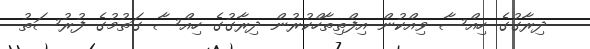
ދިރާގުގެ ހިއްސާ ވިއްކުން އިފްތިތާހްކުރުން ދިރާގުގެ ހިއްސާ ގަތުމުގެ ފުރުސަތު